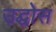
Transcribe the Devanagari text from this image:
उद्घोस